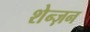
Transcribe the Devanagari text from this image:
शेन्ज़न